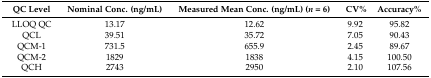
| QC Level | Nominal Conc. (ng/mL) | Measured Mean Conc. (ng/mL) (n = 6) | CV% | Accuracy% |
 | --- | --- | --- | --- | --- |
 | LLOQ QC | 13.17 | 12.62 | 9.92 | 95.82 |
 | QCL | 39.51 | 35.72 | 7.05 | 90.43 |
 | QCM-1 | 731.5 | 655.9 | 2.45 | 89.67 |
 | QCM-2 | 1829 | 1838 | 4.15 | 100.50 |
 | QCH | 2743 | 2950 | 2.10 | 107.56 |